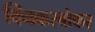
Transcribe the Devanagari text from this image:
क्निकरबोकर